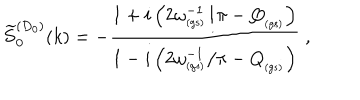
\widetilde { S } _ { 0 } ^ { ( D _ { 0 } ) } ( k ) = - \frac { 1 + i \left( 2 \omega _ { _ \mathrm { ( g s ) } } ^ { - 1 } / \pi - Q _ { _ \mathrm { ( g s ) } } \right) } { 1 - i \left( 2 \omega _ { _ \mathrm { ( g s ) } } ^ { - 1 } / \pi - Q _ { _ \mathrm { ( g s ) } } \right) } \; ,